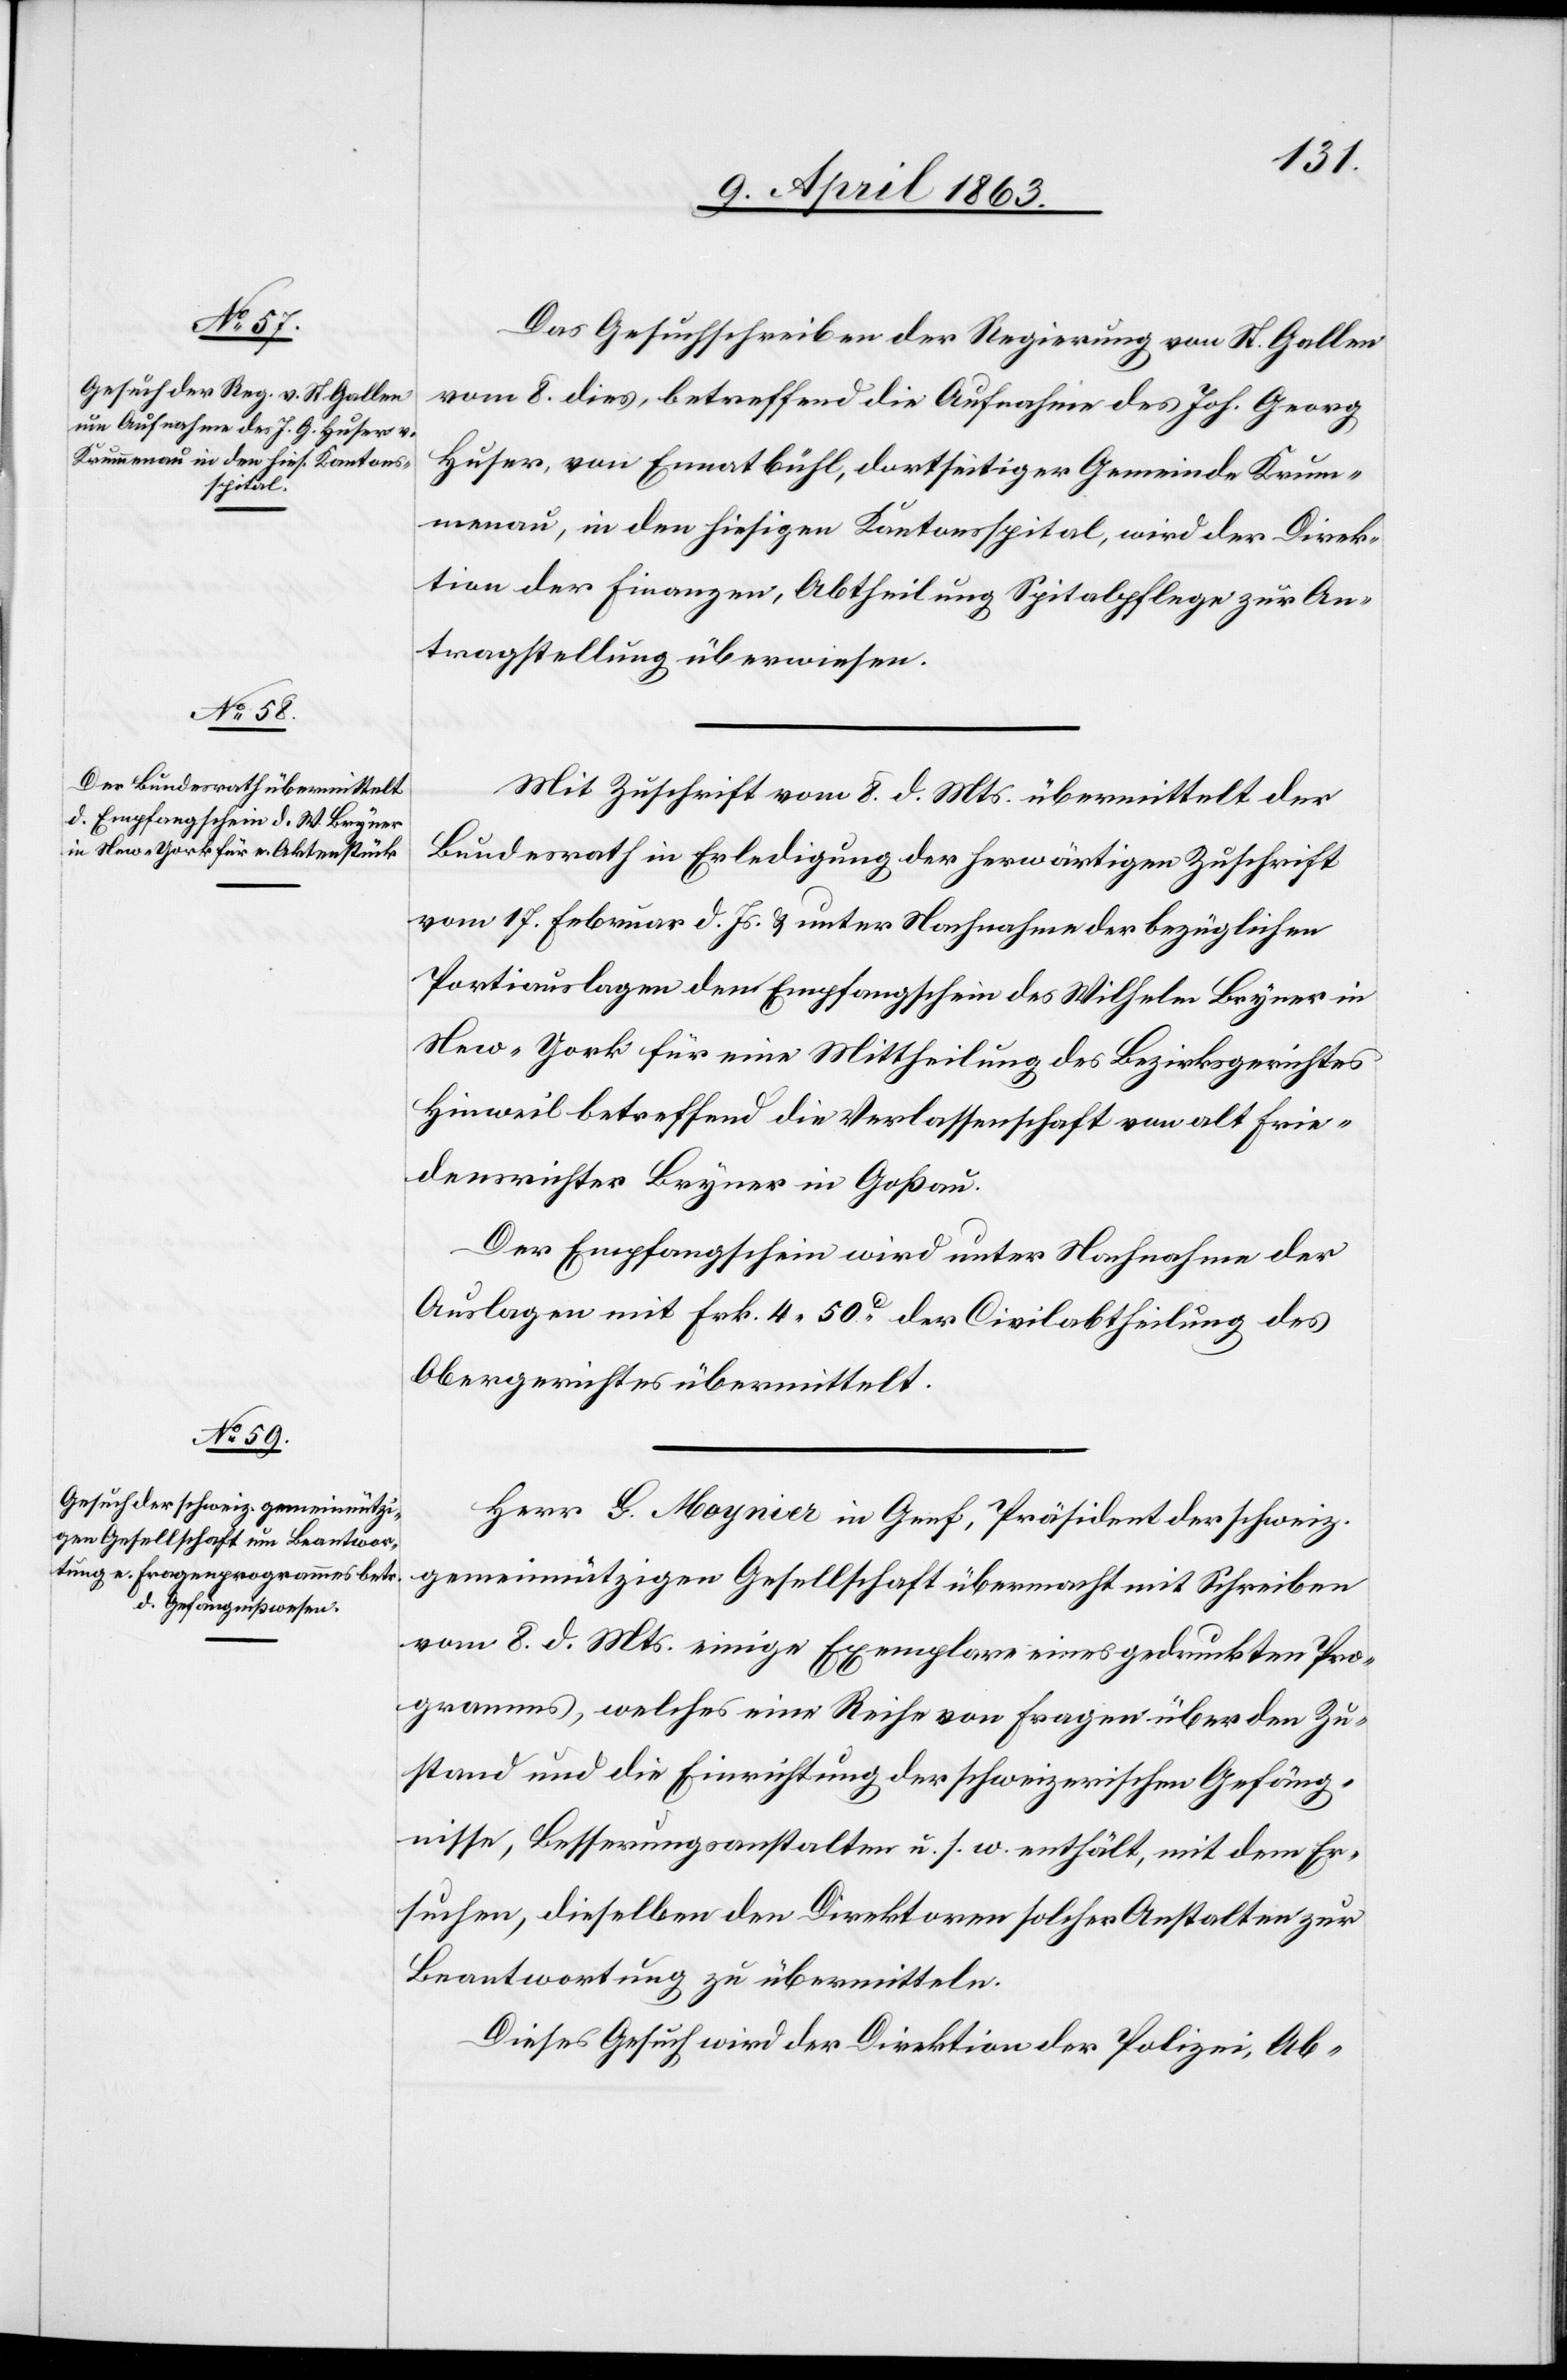
Ennatbühl

10. April 1863.]
Das Gesuchschreiben der Regierung von St. Gallen
vom 8. dies, betreffend die Aufnahme des Joh. Georg
menau, in den hiesigen Kantonsspital, wird der Direk¬
tion der Finanzen, Abtheilung Spitalpflege zur An¬
tragstellung überwiesen.
Mit Zuschrift vom 8. d. Mts. übermittelt der
Bundesrath in Erledigung der herwärtigen Zuschrift
vom 17. Februar d. Js. & unter Nachnahme der bezüglichen
Portiauslagen den Empfangschein des Wilhelm Bryner in
New-York für eine Mittheilung des Bezirksgerichtes
Hinweil betreffend die Verlassenschaft von alt Frie¬
densrichter Bryner in Goßau.
Krum¬
Der Empfangschein wird unter Nachnahme der
Auslagen mit Frk. 4. 50c der Civilabtheilung des
Obergerichtes übermittelt.
Herr G. Moynier in Genf, Präsident der schweiz.
gemeinnützigen Gesellschaft übermacht mit Schreiben
vom 8. d. Mts. einige Exemplare eines gedruckten Pro¬
gramms, welches eine Reihe von Fragen über den Zu¬
stand und die Einrichtung der schweizerischen Gefäng¬
nisse, Besserungsanstalten u. s. w. enthält, mit dem Er¬
suchen, dieselben den Direktoren solcher Anstalten zur
Beantwortung zu übermitteln.
Dieses Gesuch wird der Direktion der Polizei, Ab-